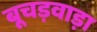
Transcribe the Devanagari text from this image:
बूचड़वाड़ा